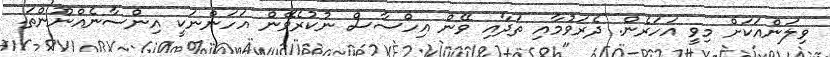
ވިލަންއަކަށް މިވީ އަހަރެން. ދެރަވުމާއި ތަދާއި ވޭން އިހްސާސް ނުކުރެވޭން އަހަންނަކީ އިންސާނެއްނޫންތަ.